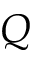
Q